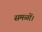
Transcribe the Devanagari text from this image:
समळों।